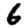
Digit: 6